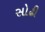
સોઢી